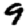
Digit: 9